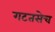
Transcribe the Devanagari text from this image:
गटतसेच